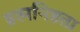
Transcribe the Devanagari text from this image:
ब्रह्मनिष्ठता